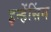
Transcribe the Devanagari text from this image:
इन्हेंसिंग